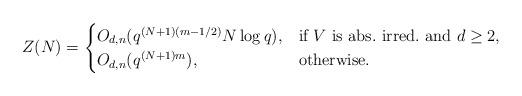
LaTeX: \begin{align*}Z(N)=\begin{cases}O_{d,n}(q^{(N+1)(m-1/2)}N\log q), &\mbox{if $V$ is abs.~irred.~and $d\geq 2$,}\\O_{d,n}(q^{(N+1)m}), & \mbox{otherwise.}\end{cases}\end{align*}